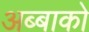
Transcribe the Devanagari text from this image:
अब्बाको